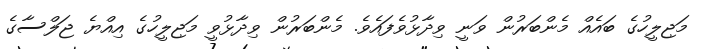
މަޖިލީހުގެ ބައެއް މެންބަރުން ވަނީ ވިދާޅުވެފައެވެ. މެންބަރުން ވިދާޅުވީ މަޖިލީހުގެ އިއްޔެ ޖަލްސާގެ